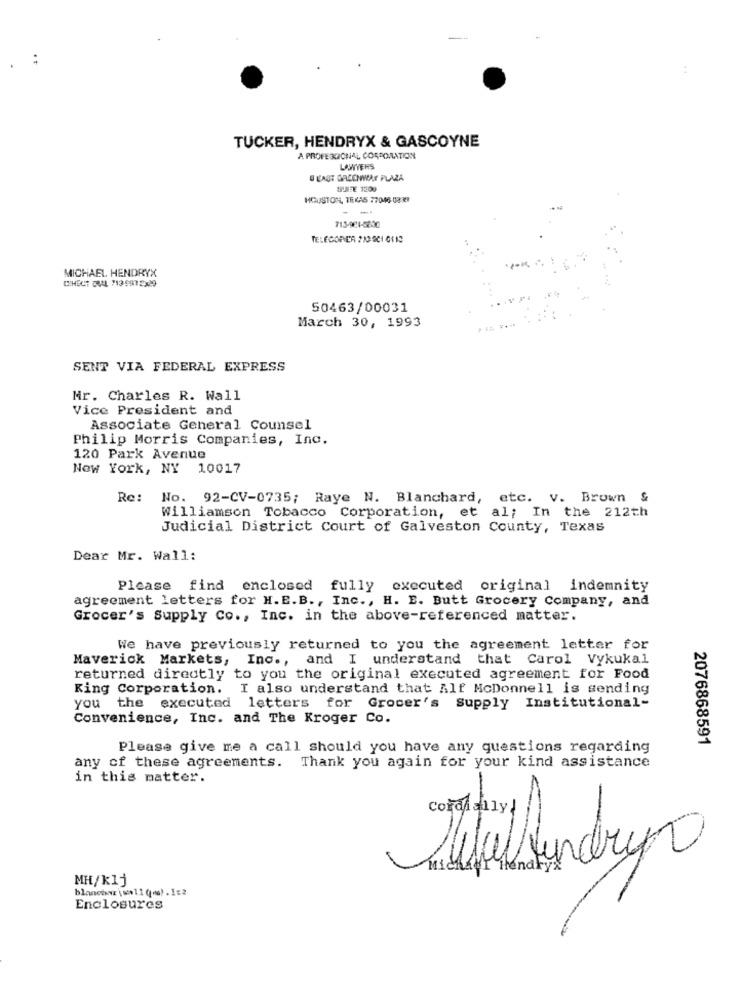
TUCKER, HENDRYX & GASCOYNE
A PROFE KICHAL CORPORATION
LAWYERS
O LAST GRECHICAY PLAZA
HOUSTON, TEXAS 77046-08-27
- -
713-961-5230
TELECOPIER 213 901 0110
MICHAEL HENDRYX
LIHECT DUAL 7139972329
50463/00031
March 30, 1993
SENT VIA FEDERAL EXPRESS
Mr. Charles R. Wall
Vice President and
Associate General Counsel
Philip Morris Companies, Inc.
120 Park Avenue
Now York, NY 10017
Re:
No. 92-CV-0735; Raye N. Blanchard, etc. v. Brown &
Williamson Tobacco Corporation, et al; In the 212th
Judicial District Court of Galveston County, Texas
Dear Mr. Wall:
Please find enclosed fully executed original indemnity
agreement letters for H.E.B ., Inc ., H. E. Butt Grocery Company, and
Grocer's Supply Co ., Inc. in the above-referenced matter.
We have previously returned to you the agreement letter for
Maverick Markets, Inc ., and I understand that Carol Vykukal
returned directly to you the original executed agreement for Food
King Corporation. I also understand that Alf McDonnell is sending
you the executed letters for Grocer's Supply Institutional-
Convenience, Inc. and The Kroger Co.
Please give me a call should you have any questions regarding
2076868591
any of these agreements. Thank you again for your kind assistance
in this matter.
Cordially !
MH/k1j
blanchaz \wall (w).It2
Enclosures